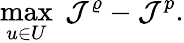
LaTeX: \operatorname*{max}_{u\in U}\; \mathcal{J}^{\varrho}-\mathcal{J}^{p}.